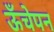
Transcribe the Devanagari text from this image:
ऊँचेपन